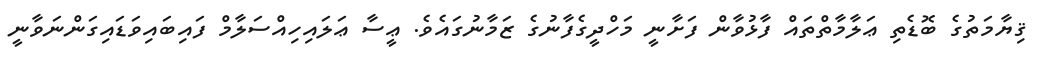
ޤިޔާމަތުގެ ބޮޑެތި ޢަލާމާތްތައް ފާޅުވާން ފަށާނީ މަހްދީގެފާނުގެ ޒަމާނުގައެވެ. ޢީސާ ޢަލައިހިއްސަލާމް ފައިބައިވަޑައިގަންނަވާނީ